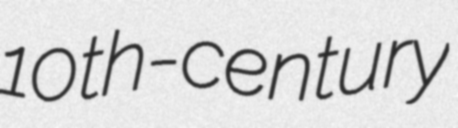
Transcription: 10th-century